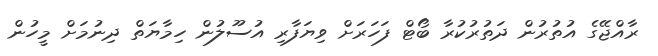
ރާއްޖޭގެ އުތުރުން ދަތުރުކުރާ ބޯޓް ފަހަރަށް ވިޔަފާރި އުސޫލުން ހިމާޔަތް ދިނުމަށް މީހުން